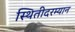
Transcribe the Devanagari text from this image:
स्थितीदरम्यान